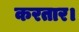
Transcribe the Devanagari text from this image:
करतार।